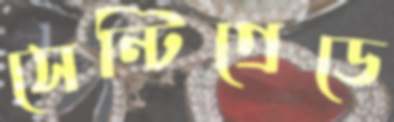
সেন্টিগ্রেডে